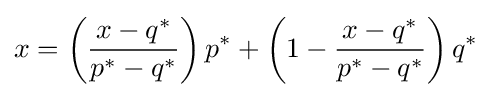
x=\left({\frac {x-q^{*}}{p^{*}-q^{*}}}\right)p^{*}+\left(1-{\frac {x-q^{*}}{p^{*}-q^{*}}}\right)q^{*}